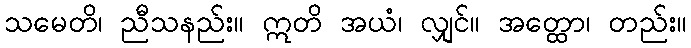
သမေတိ၊ ညီသနည်း။ ဣတိ အယံ၊ လျှင်။ အတ္ထော၊ တည်း။